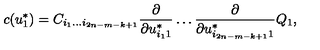
c ( u _ { 1 } ^ { * } ) = C _ { i _ { 1 } \ldots i _ { 2 n - m - k + 1 } } { \frac { \partial } { \partial u _ { i _ { 1 } 1 } ^ { * } } } \ldots { \frac { \partial } { \partial u _ { i _ { 2 n - m - k + 1 } 1 } ^ { * } } } Q _ { 1 } ,